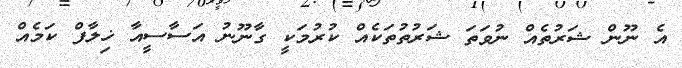
އެ ނޫން ޝަރުތެއް ނުވަތަ ޝަރުތުތަކެއް ކުރުމަކީ ގާނޫނު އަސާސީއާ ޚިލާފް ކަމެއް